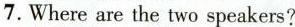
7.Where are the two speakers?